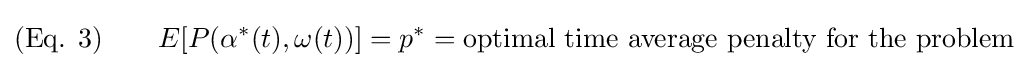
({\text{Eq. }}3)\qquad E[P(\alpha ^{*}(t),\omega (t))]=p^{*}={\text{optimal time average penalty for the problem}}